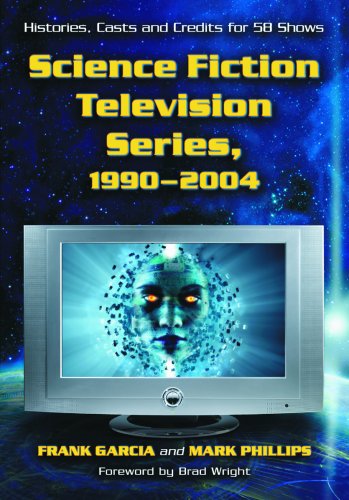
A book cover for Science Fiction Television Series, 1990-2004; Frank Garcia; Humor & Entertainment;